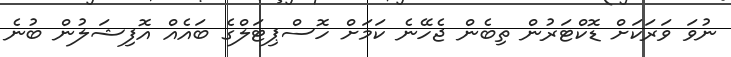
ނުވަ ވަރަކަށް ޑޮކްޓަރުން ތިބެން ޖެހޭނެ ކަމަށް ހޮސްޕިޓަލްގެ ބައެއް އޮފިޝަލުން ބުނެ